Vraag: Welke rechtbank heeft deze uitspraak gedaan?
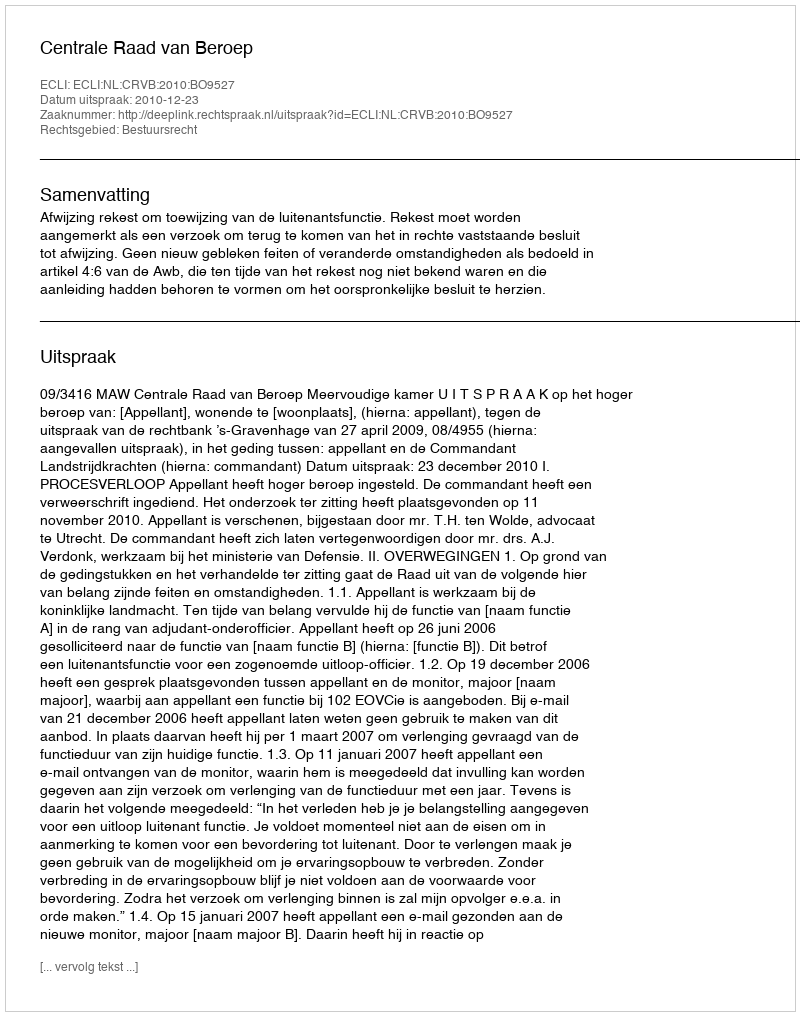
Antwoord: Centrale Raad van Beroep